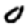
Digit: 0